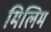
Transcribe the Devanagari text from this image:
मिलिम